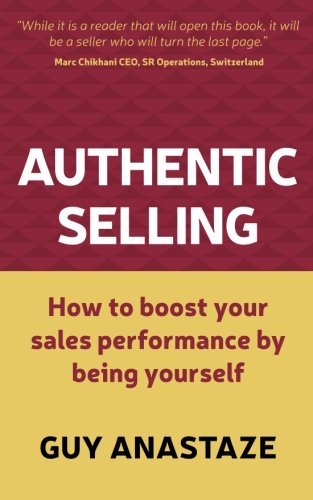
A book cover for Authentic Selling: How to boost your sales performance by being yourself; Guy Anastaze; Business & Money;